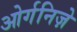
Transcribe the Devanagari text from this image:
ओर्गनिज़े